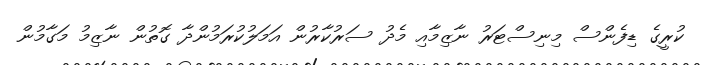
ކުރީގެ ޑިފެންސް މިނިސްޓަރު ނާޒިމާއި މެދު ސަރުކާރުން އަމަލުކުރަމުންދާ ގޮތުން ނާޒިމު މަގާމުން